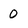
Character: 0